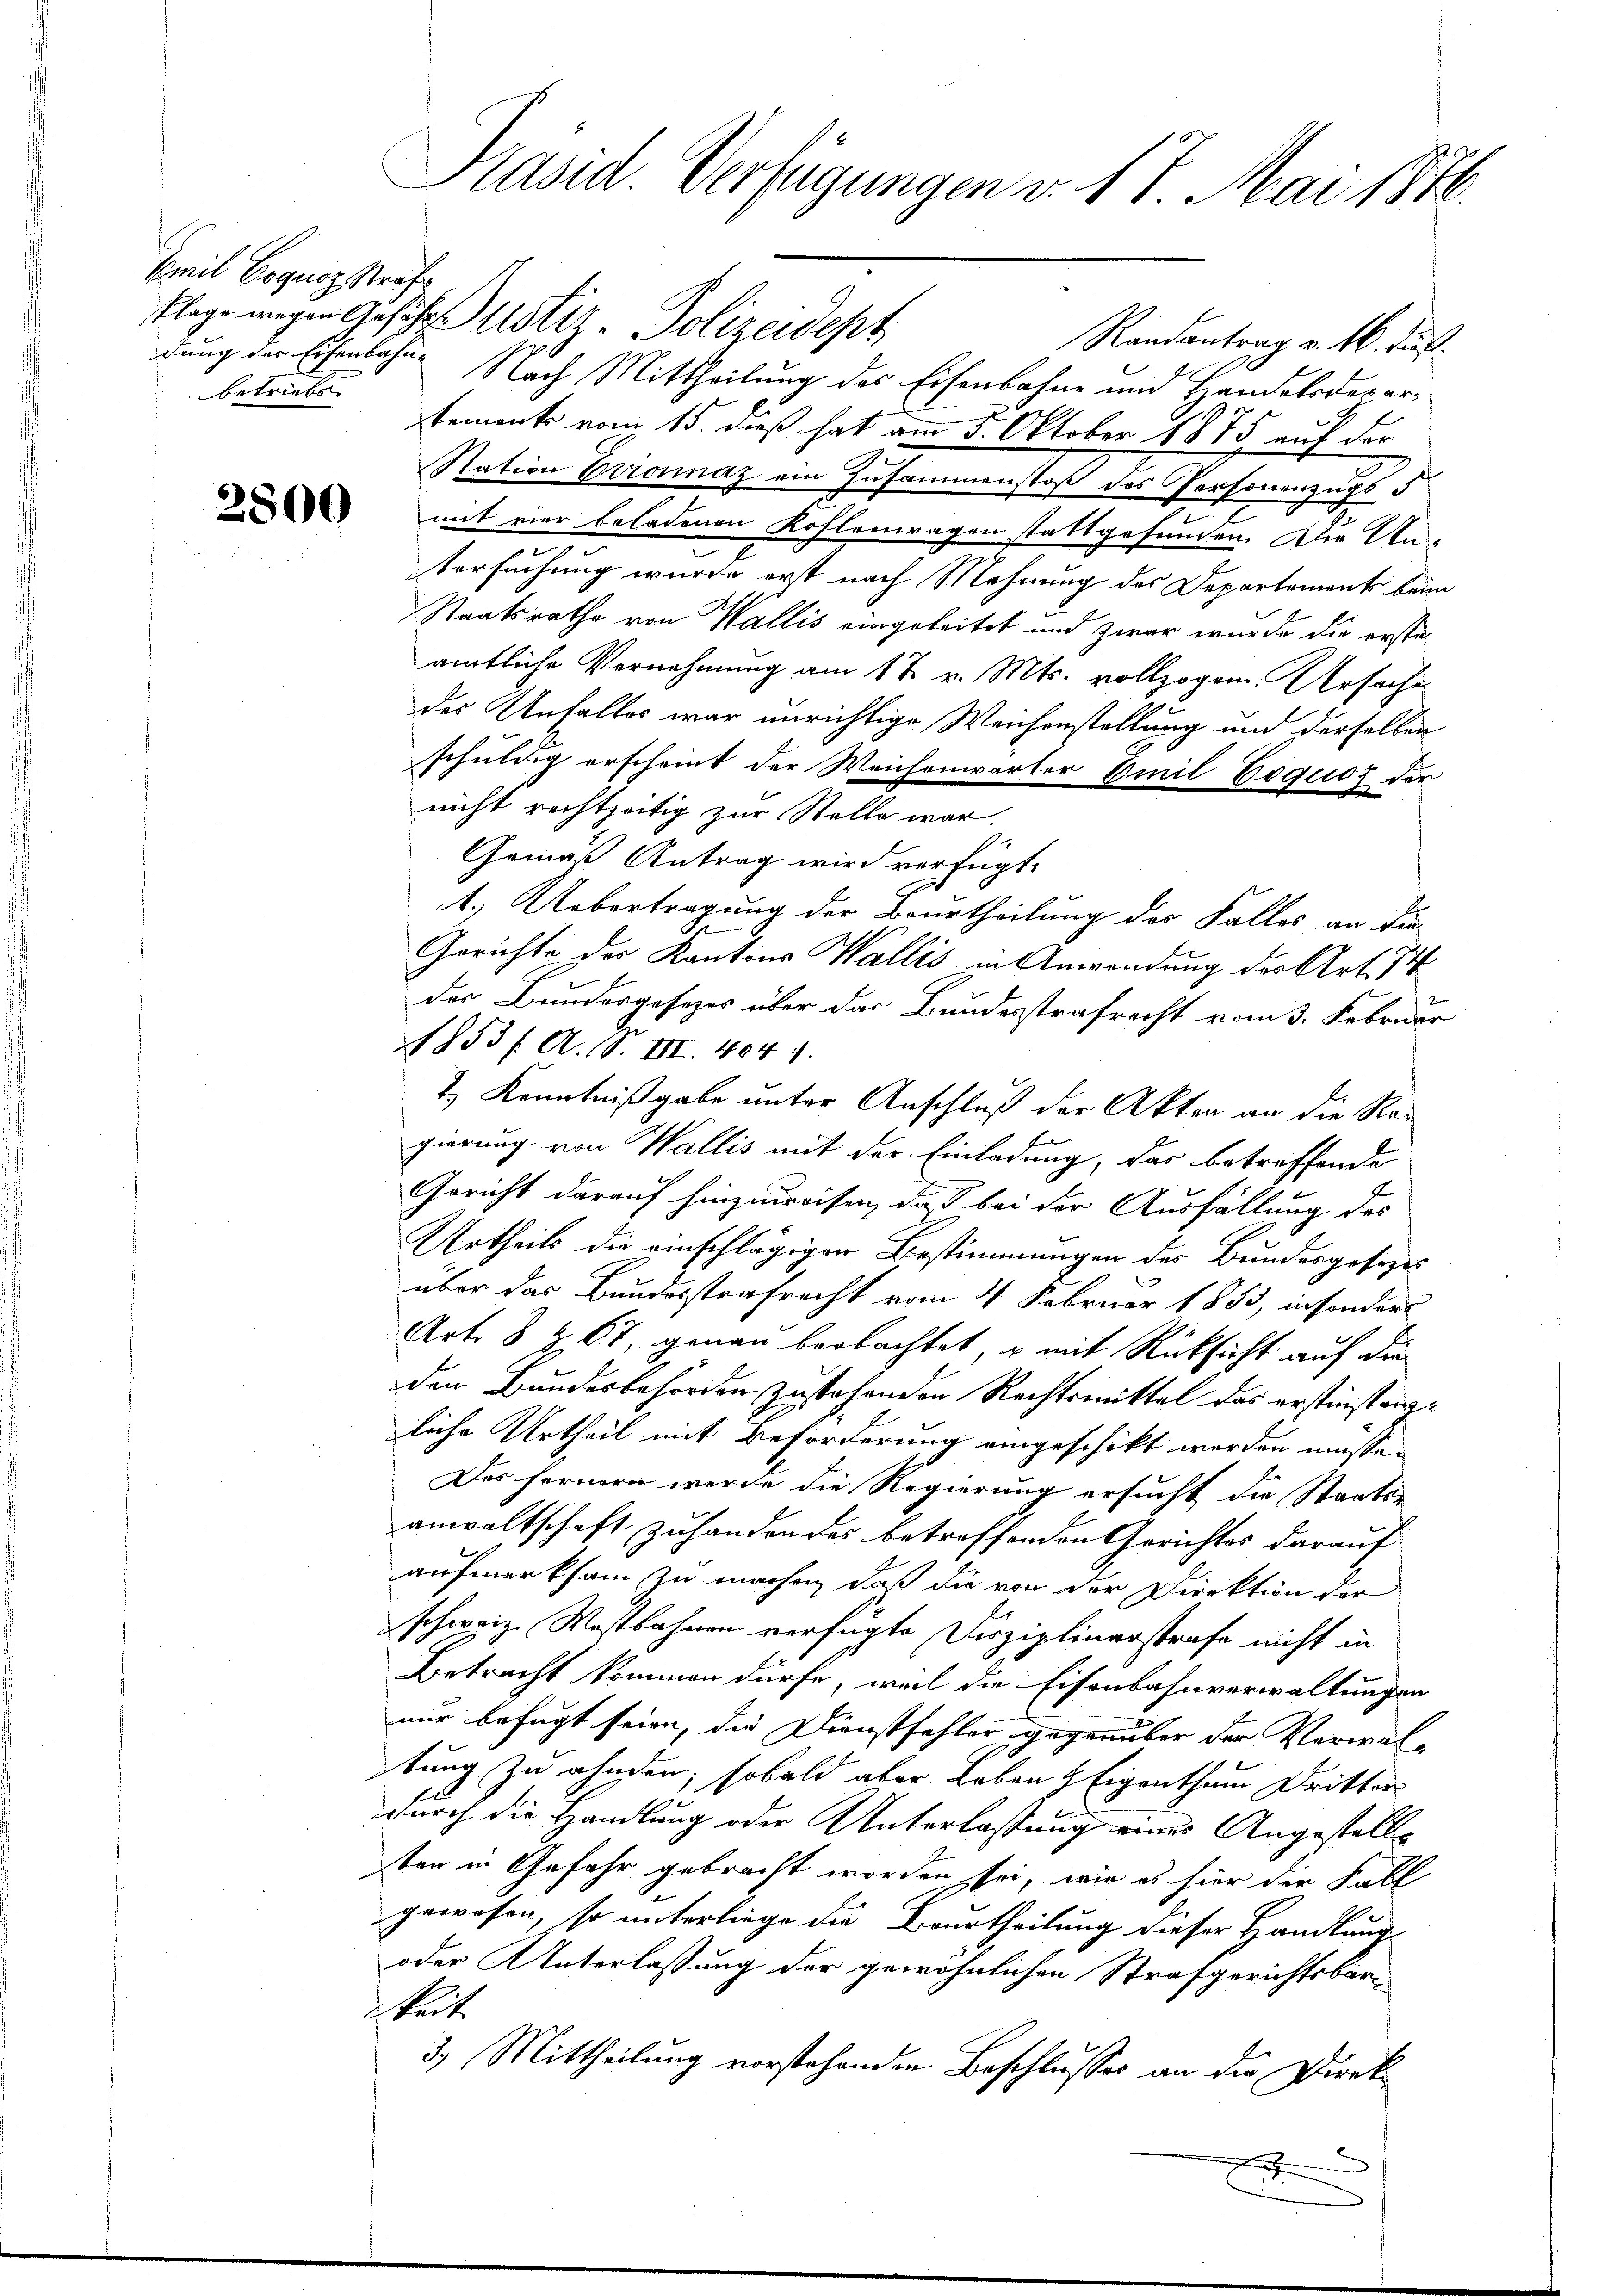
Emil Coquoz, Straf
betriebe. |

2800

klage wegen Gesetzes ustiz - Polizeidept
Randantrag v. 16. Jus
dung der Eisenbahn. Nach Mittheilung des Eisenbahne und Handoloder ertemente vom 15. dieß hat am 5. Oktober 1875 auf der
Station Brosinaz ein Zusammenstoß des Personenzugs d
mit vier beladenen Kohlentragen stattgefunden. Die Untersuchung wurde erst nach Mahnung des Departements beim
Staatsrathe von Wallis eingeleitet und zwar wurde die ersteamtliche Vornehmung am 17. v. Mts. vollzogen. Ursache
des Unfalles war unrichtige Weichenstellung und derselben
schuldig erscheint der Weichenwärter Emil Eoquos der
nicht rechtzeitig zur Stelle war.
Gemäß Antrag wird verfügt:
1.) Uebertragung der Beurtheilung des Falles an die
Gerichte der Kantons Wallis in Anwendung des Art. 74
der Bundesgesetzes über das Bundesstrafrecht vom 3. Februar
1853 / A. S. III. 4041.
2.) Kenntnißgabe unter Anschluß der Akten an die Ragierung von Wallis mit der Einladung, das betreffende
Gericht darauf hinzuweisen, daß bei der Ausfüllung des
Urtheils die einschlägigen Bestimmungen des Bundesgesezes
über das Bundesstrafrecht vom 4. Februar 1853, insonders
Art. 8 Z. 67, genau beobachtet, u mit Rücksicht auf die
den Bundesbehörden zustehenden Rechtsmittel das erstinstanzliche Urtheil mit Beforderung eingeschikt werden müsse.
Des fernern werde die Regierung ersucht die Staats-
anwaltschaft zu handen des betreffenden Gerichtes darauf
aufmerksam zu machen, daß die von der Direktion der
schweiz. Wostbahnen verfügte Disziplinerstrafe nicht in
Betracht kommen dürfe, weil die Eisenbahnverwaltungen
nur befugt seien, die Dienstfehler, gegenüber der Verwaltung zu ahnden, sobald aber Leben & Eigenthum Dritter
durch die Handlung oder Unterlassung eines Angestalls
ten in Gefahr gebracht worden sei, wie es hier der Fall
gewesen, so unterliege die Beurtheilung dieser Handlung
oder Unterlassung der gewöhnlichen Strafgerichtsbartet.
3.) Mittheilung vorstehenden Beschlusses an die Direk¬
u
.

Präsid. Verfügungen v. 17 Mai 1816.